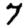
Digit: 7